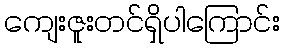
ကျေးဇူးတင်ရှိပါကြောင်း